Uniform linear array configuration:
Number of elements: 32
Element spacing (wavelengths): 1
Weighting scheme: binomial
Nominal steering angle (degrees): -15
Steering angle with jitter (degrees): -15.669
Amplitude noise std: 0.05
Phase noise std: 0.05

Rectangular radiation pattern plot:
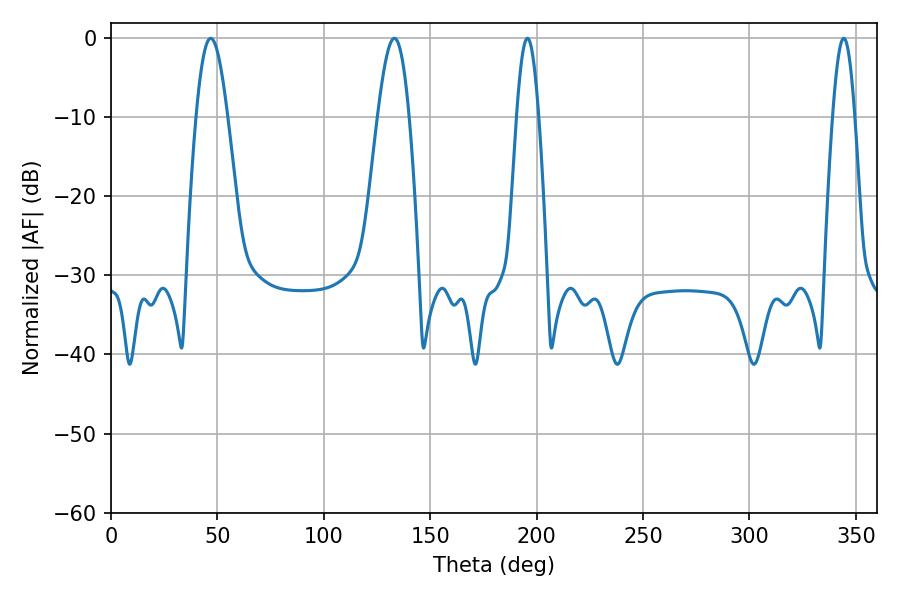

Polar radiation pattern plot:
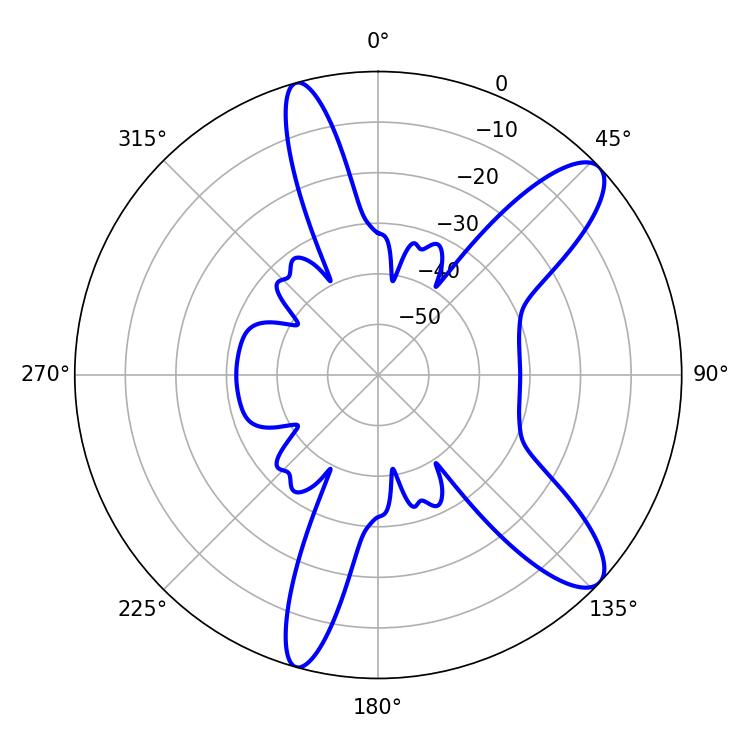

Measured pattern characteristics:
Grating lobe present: TRUE
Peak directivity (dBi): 10.83
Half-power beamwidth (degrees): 5.58
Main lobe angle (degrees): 195.66